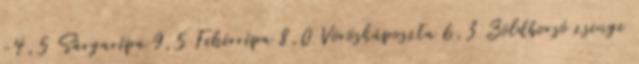
-4,5 Sárgarépa 9,5 Fehérrépa 8,0 Vöröskáposzta 6,3 Zöldborsó zsenge